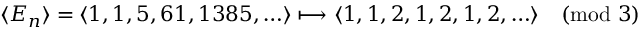
\langle E _ { n } \rangle = \langle 1 , 1 , 5 , 6 1 , 1 3 8 5 , \ldots \rangle \longmapsto \langle 1 , 1 , 2 , 1 , 2 , 1 , 2 , \ldots \rangle { \pmod { 3 } }